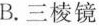
B.三棱镜